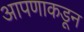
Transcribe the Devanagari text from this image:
आपणाकडून